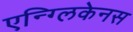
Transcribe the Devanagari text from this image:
एन्ग्लिकेनस